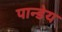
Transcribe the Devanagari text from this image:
पान्डेय